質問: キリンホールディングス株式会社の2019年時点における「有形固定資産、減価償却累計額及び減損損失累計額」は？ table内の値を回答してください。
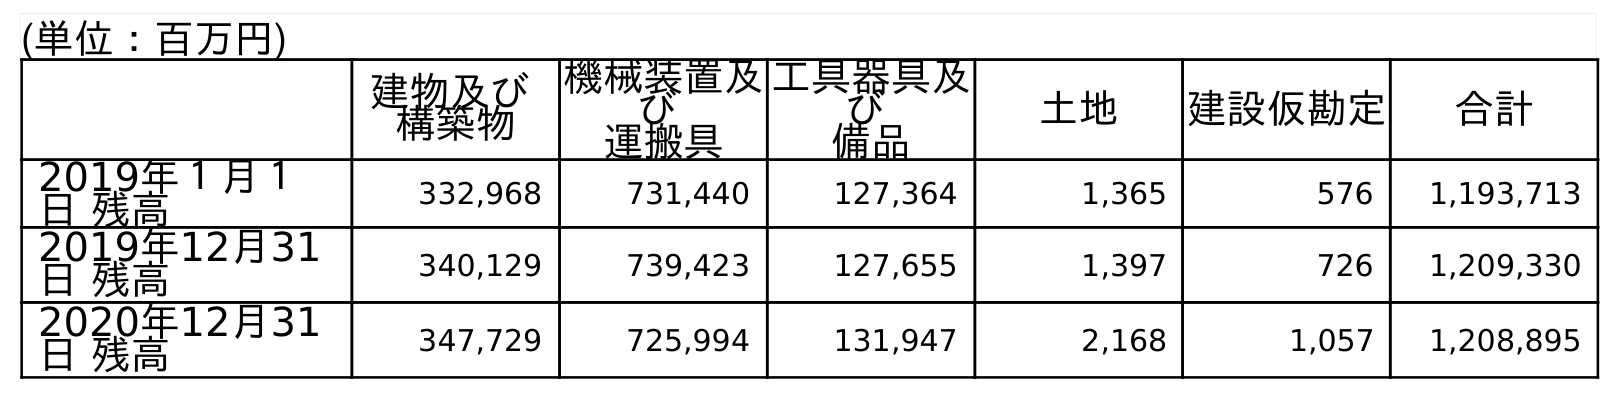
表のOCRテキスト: (単位：百万円) 建物及び 構築物 機械装置及 び 運搬具 工具器具及 び 備品 土地 建設仮勘定 合計 2019年１月１ 日 残高 332,968 731,440 127,364 1,365 576 1,193,713 2019年12月31 日 残高 340,129 739,423 127,655 1,397 726 1,209,330 2020年12月31 日 残高 347,729 725,994 131,947 2,168 1,057 1,208,895
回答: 1,209,330